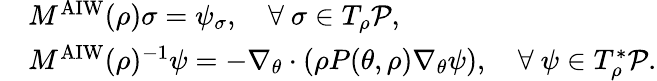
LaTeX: \begin{array}{rl}&{M^{\mathrm{AIW}}(\rho)\sigma=\psi_{\sigma},\quad\forall~\sigma\in T_{\rho}\mathcal{P},}\\ &{M^{\mathrm{AIW}}(\rho)^{-1}\psi=-\nabla_{\theta}\cdot(\rho P(\theta,\rho)\nabla_{\theta}\psi),\quad\forall~\psi\in T_{\rho}^{*}\mathcal{P}.}\end{array}